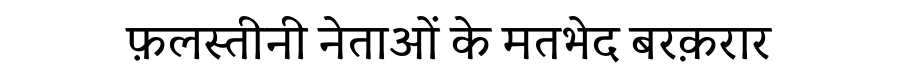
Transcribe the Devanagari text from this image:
फ़लस्तीनी नेताओं के मतभेद बरक़रार